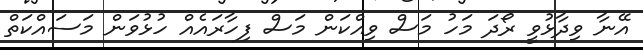
އޭނާ ވިދާޅުވީ ރޯދަ މަހު މަސް ވިއްކަން މަސް ފިހާރައެއް ހުޅުވަން މަސައްކަތް